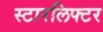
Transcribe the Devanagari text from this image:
स्टारलिफ्टर